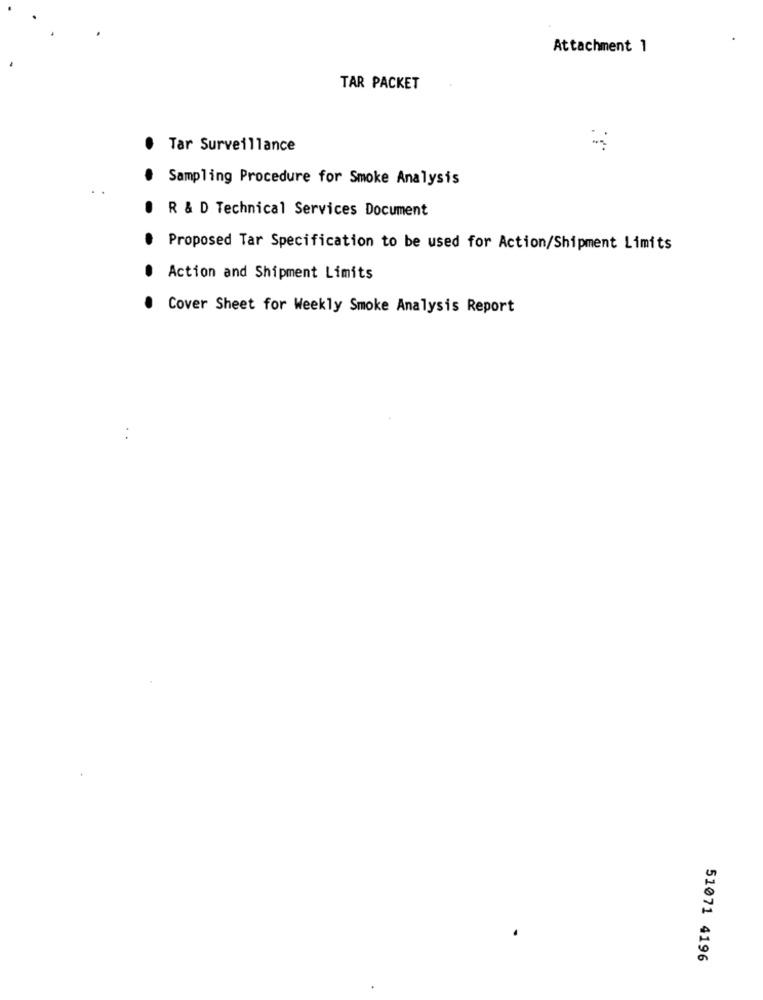
Attachment 1
TAR PACKET
Tar Surveillance
Sampling Procedure for Smoke Analysis
R & D Technical Services Document
Proposed Tar Specification to be used for Action/Shipment Limits
Action and Shipment Limits
Cover Sheet for Weekly Smoke Analysis Report
51071 4196